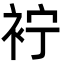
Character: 䘢